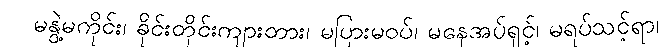
မနွဲ့မကိုင်း၊ ခိုင်းတိုင်းကျားတား၊ မပြားမဝပ်၊ မနေအပ်ရှင့်၊ မရပ်သင့်ရာ၊